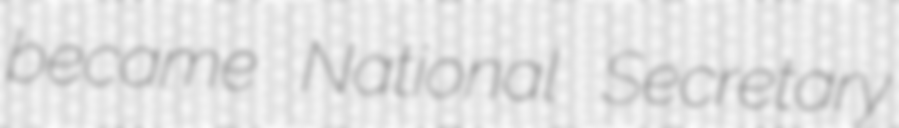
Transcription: became National Secretary